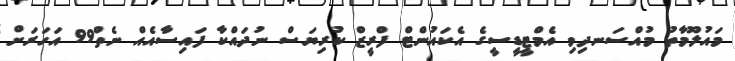
މައުލޫމާތު މުއްސަނދިވި އެމްޓީޑީސީގެ އެކައުންޓް ފްރީޒް ކުރިޔަސް ނުދައްކާ ފައިސާއެއް ނެތް99 އަހަރަށް